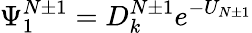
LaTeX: \Psi_{1}^{N\pm 1}=D_{k}^{N\pm 1}e^{-U_{N\pm 1}}